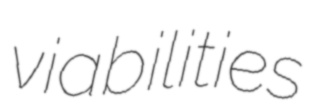
viabilities